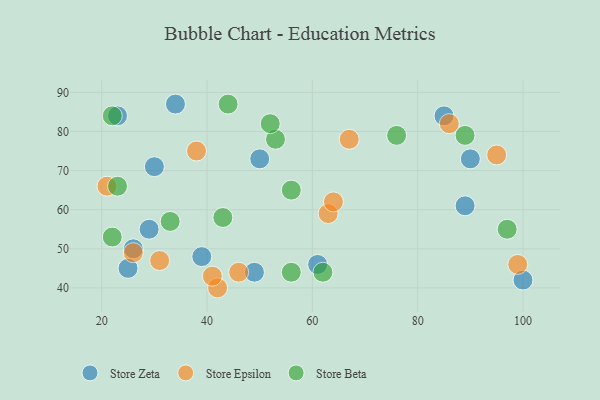
{"axis": {"x": "GDP", "y": "Life Expectancy"}, "legend": ["Store Beta", "Store Epsilon", "Store Zeta"], "data": [{"x": "90", "y": 73, "type": "Store Zeta"}, {"x": "30", "y": 71, "type": "Store Zeta"}, {"x": "26", "y": 50, "type": "Store Zeta"}, {"x": "61", "y": 46, "type": "Store Zeta"}, {"x": "25", "y": 45, "type": "Store Zeta"}, {"x": "49", "y": 44, "type": "Store Zeta"}, {"x": "39", "y": 48, "type": "Store Zeta"}, {"x": "100", "y": 42, "type": "Store Zeta"}, {"x": "50", "y": 73, "type": "Store Zeta"}, {"x": "89", "y": 61, "type": "Store Zeta"}, {"x": "85", "y": 84, "type": "Store Zeta"}, {"x": "29", "y": 55, "type": "Store Zeta"}, {"x": "23", "y": 84, "type": "Store Zeta"}, {"x": "34", "y": 87, "type": "Store Zeta"}, {"x": "99", "y": 46, "type": "Store Epsilon"}, {"x": "95", "y": 74, "type": "Store Epsilon"}, {"x": "42", "y": 40, "type": "Store Epsilon"}, {"x": "67", "y": 78, "type": "Store Epsilon"}, {"x": "21", "y": 66, "type": "Store Epsilon"}, {"x": "46", "y": 44, "type": "Store Epsilon"}, {"x": "86", "y": 82, "type": "Store Epsilon"}, {"x": "63", "y": 59, "type": "Store Epsilon"}, {"x": "31", "y": 47, "type": "Store Epsilon"}, {"x": "64", "y": 62, "type": "Store Epsilon"}, {"x": "41", "y": 43, "type": "Store Epsilon"}, {"x": "38", "y": 75, "type": "Store Epsilon"}, {"x": "26", "y": 49, "type": "Store Epsilon"}, {"x": "89", "y": 79, "type": "Store Beta"}, {"x": "33", "y": 57, "type": "Store Beta"}, {"x": "53", "y": 78, "type": "Store Beta"}, {"x": "56", "y": 44, "type": "Store Beta"}, {"x": "62", "y": 44, "type": "Store Beta"}, {"x": "97", "y": 55, "type": "Store Beta"}, {"x": "52", "y": 82, "type": "Store Beta"}, {"x": "22", "y": 84, "type": "Store Beta"}, {"x": "23", "y": 66, "type": "Store Beta"}, {"x": "56", "y": 65, "type": "Store Beta"}, {"x": "43", "y": 58, "type": "Store Beta"}, {"x": "22", "y": 53, "type": "Store Beta"}, {"x": "44", "y": 87, "type": "Store Beta"}, {"x": "76", "y": 79, "type": "Store Beta"}]}